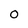
Character: O